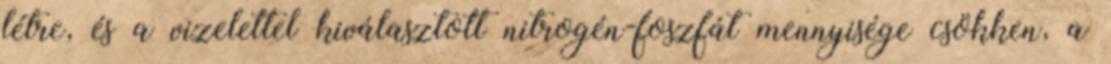
létre, és a vizelettel kiválasztott nitrogén-foszfát mennyisége csökken, a